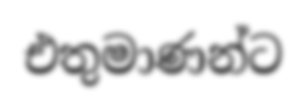
එතුමාණන්ට